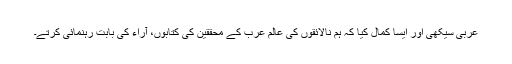
عربی سیکھی اور ایسا کمال کیا کہ ہم نالائقوں کی عالم عرب کے محققین کی کتابوں، آراء کی بابت رہنمائی کرتے۔